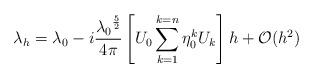
LaTeX: \begin{align*}\lambda_h=\lambda_0-i\frac{{\lambda_0}^\frac{5}{2}}{4\pi}\left[{U_0\sum_{k=1}^{k=n}\eta_0^kU_k}\right]h+\mathcal{O}(h^2)\end{align*}